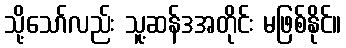
သို့သော်လည်း သူ့ဆန်ဒအတိုင်း မဖြစ်နိုင်။